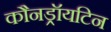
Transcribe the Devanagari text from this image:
कौनड्रॉयटिन